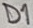
Text: D1